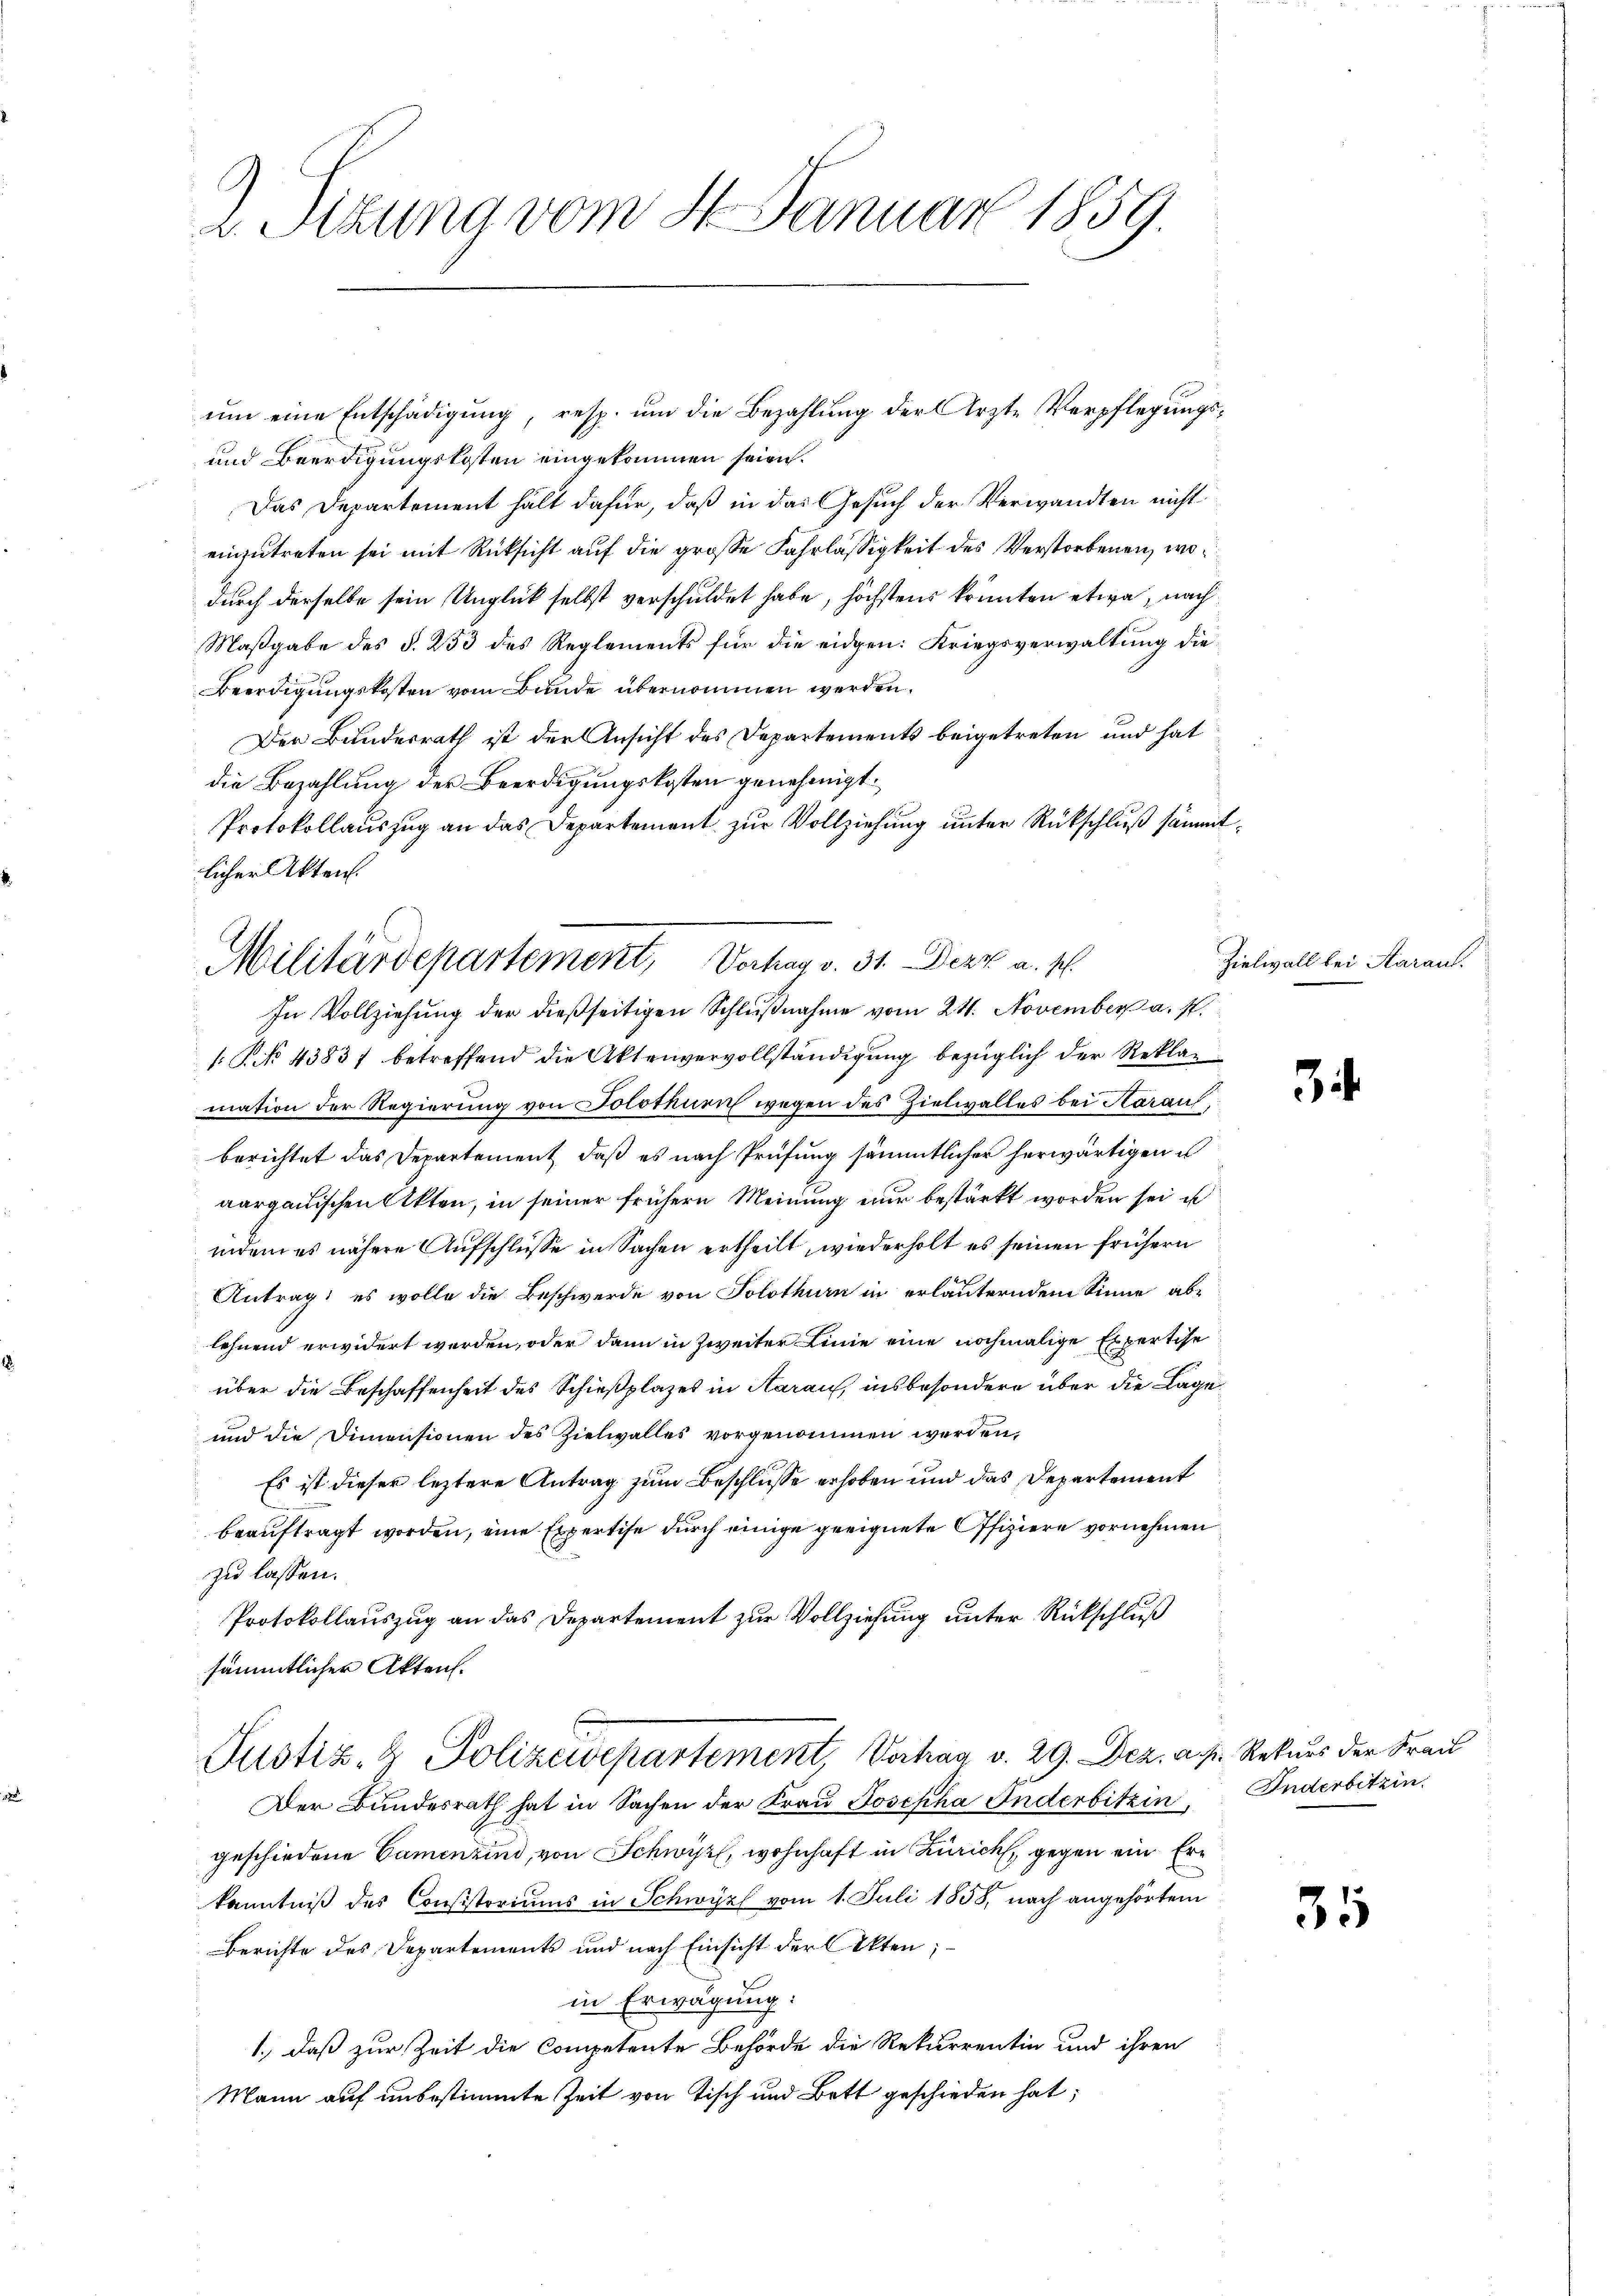
2. Sizung vom 8. Januar 1859.

um eine Entschädigung, resp. um die Bezahlung der Ärzte Verpflegungs¬
und Beerdigungskosten eingekommen seien.
Das Departement hält dafür, daß in das Gesuch der Verwandten nicht
einzutreten sei mit Rücksicht auf die große Fahrlässigkeit des Verstorbenen, wo
durch derselbe sein Unglück selbst verschuldet habe, höchstens könnten etwa, nach
Maßgabe des §. 253 des Reglements für die eidgen: Kriegsverwaltung die¬
Beerdigungskosten vom Bunde übernommen werden.
Der Bundesrath ist der Ansicht des Departements beigetreten und hat
die Bezahlung der Beerdigungskosten genehmigt.
Protokollauszug an das Departement zur Vollziehung unter Rückschluß sämmt
licher Akten.
In Vollziehung der dießseitigen Schlŭβnahme vom 24. November a. p.
1. No. 43837 betreffend die Aktenvervollständigung bezüglich der Reklamation der Regierung von Solothurn wegen des Zielwalles bei Harauf,
berichtet das Departement, daß es nach Prüfung sämmtlicher herwärtigen u
aargauischen Akten, in seiner frühern Meinung nur bestärkt worden sei u
indem es nähere Aufschlüsse in Sachen ertheilt, wiederholt es seinen frühern
Antrag; es wolle die Beschwerde von Solothurn in erläuterndem Sinne ablehnend erwidert werden, oder dann in Zweiter Linie eine nochmalige Expertise
über die Beschaffenheit des Schießplazes in Aaraus, insbesondere über die Lage
und die Dimensionen des Zielwalles vorgenommen werden,
Es ist dieser leztere Antrag zum Beschlusse erhoben und das Departement
beauftragt worden, eine Expertise durch einige geeignete Offiziere vornehmen
zu lassen.
Protokollauszug an das Departement zur Vollziehung unter Rückschluß
sämmtlicher Akten.
Justiz- & Polizeidepartement, Verhag v. 29. Dez. a. p. Rekurs der Frau
Der Bundesrath hat in Sachen der Frau Josepha Inderbitzin,
geschiedene Camenzind, von Schwyz, wohnhaft in Zürich, gegen ein Erkenntniß des Consistoriums in Schwyz vom 1. Juli 1858, nach angehörtem
Berichte des Departements und nach Einsicht der Akten;
in Erwägung:
1., daß zur Zeit die Competente Behörde die Rekurrentin und ihren
Mann auf unbestimmte Zeit von Tisch und Bett geschieden hat;

Militärdepartement, Verhag v. 31. Derz a. p.

.

Zielwall bei Aarau

3

Inderbitzin

35